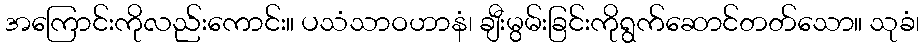
အကြောင်းကိုလည်းကောင်း။ ပသံသာဝဟာနံ၊ ချီးမွမ်းခြင်းကိုရွက်ဆောင်တတ်သော။ သုခံ၊